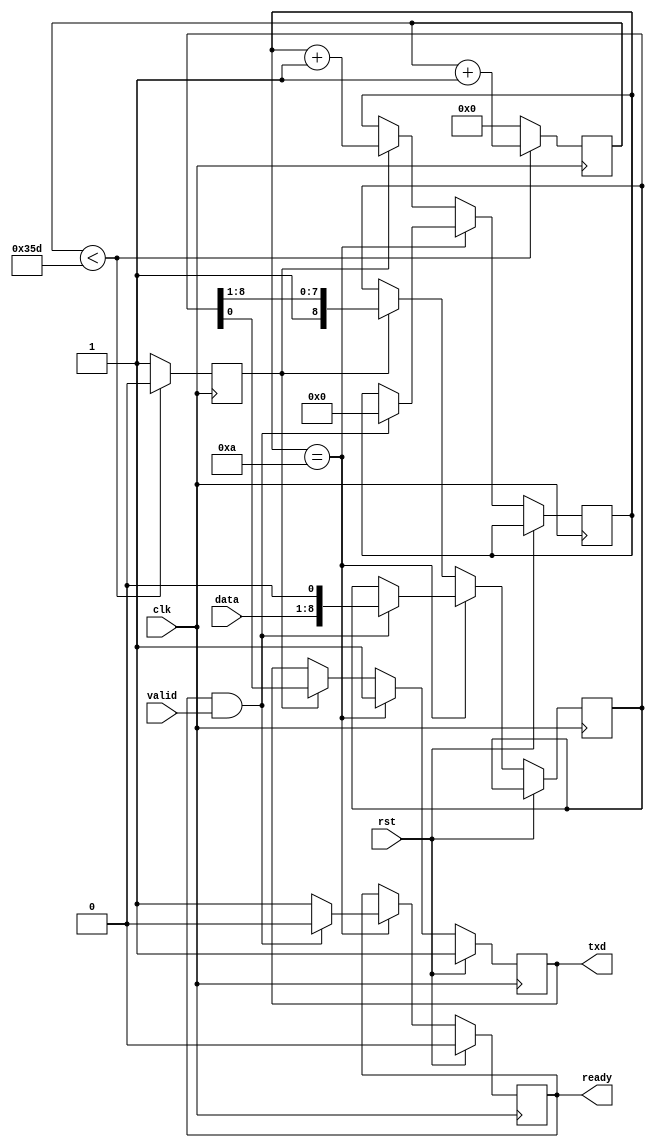
module uart_tx(clk, rst, data, valid, ready, txd);

parameter DIV = 861;
parameter CW  = $clog2(DIV);

input clk;
input rst;

input [7:0] data;
input valid;
output reg ready = 1'b0;

output reg txd = 1'b1;

reg [CW-1:0] cnt = 0;
reg pulse = 1'b0;

always @(posedge clk) begin
	if(cnt < DIV) begin
		cnt   <= cnt + 1'b1;
		pulse <= 0;
	end else begin
		cnt   <= 0;
		pulse <= 1;
	end
end


reg [3:0] tx_cnt = 4'd10;
reg [8:0] tx_reg;

always @(posedge clk) begin
	if (rst) begin
		txd   <= 1'b1;
		ready <= 1'b0;
	end else if ((tx_cnt == 4'd10)) begin
		txd   <= 1'b1;
		ready <= 1'b1;
		if (ready & valid) begin
			ready  <= 1'b0;
			tx_cnt <= 4'd0;
			tx_reg <= {data, 1'b0};
		end
	end else if (pulse == 1'b1) begin
		txd    <= tx_reg[0];
		tx_reg <= {1'b1, tx_reg[8:1]};
		tx_cnt <= tx_cnt + 1'b1;
	end
end

endmodule

module uart_rx(clk, rst, data, valid, rxd);

parameter DIV = 861;
parameter CW  = $clog2(DIV);

input clk;
input rst;

output reg [7:0] data;
output reg valid;

input rxd;

reg rxd_d;
reg rxd_dd;

wire rxd_i;
assign rxd_i = rxd_dd;

always @(posedge clk) begin
	if (rst) begin
		rxd_d  <= 1'b1;
		rxd_dd <= 1'b1;
	end else begin
		rxd_d  <= rxd;
		rxd_dd <= rxd_d;
	end
end

localparam IDLE = 2'd0, START = 2'd1, XFER = 2'd2, STOP = 2'd3;

reg [1:0] state = IDLE;

reg [CW-1:0] cnt = 0;
reg [2:0] bit = 0;

always @(posedge clk) begin
	if (rst) begin
		state <= IDLE;
		valid <= 1'b0;
		cnt   <= 0;
	end else begin
		valid <= 1'b0;
		cnt   <= cnt + 1'b1;
		case(state)
			IDLE: begin
				if (rxd_i == 1'b0) begin
					state <= START;
					data  <= 8'd0;
					cnt   <= 0;
				end
			end
			START: begin
				if (cnt == (DIV/2)) begin
					cnt   <= 0;
					bit   <= 0;
					state <= (rxd_i) ? IDLE : XFER;
				end
			end
			XFER: begin
				if (cnt == DIV) begin
					cnt   <= 0;
					bit   <= bit + 1'b1;
					data  <= {rxd_i, data[7:1]};
					state <= (bit == 3'd7) ? STOP : XFER;
				end
			end
			STOP: begin
				if (cnt == DIV) begin
					valid <= (rxd_i) ? 1'b1 : 1'b0;
					state <= IDLE;
				end
			end
		endcase
	end
end

endmodule